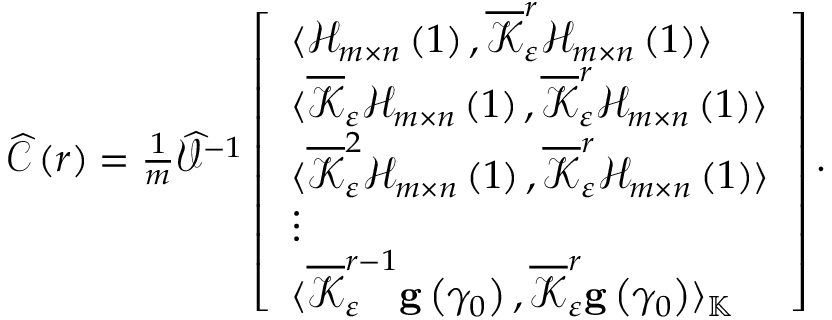
\begin{array} { r } { \widehat { \mathcal { C } } \left( r \right) = \frac { 1 } { m } \widehat { \mathcal { V } } ^ { - 1 } \left[ \begin{array} { l } { \langle \mathcal { H } _ { m \times n } \left( 1 \right) , \overline { { \mathcal { K } } } _ { \varepsilon } ^ { r } \mathcal { H } _ { m \times n } \left( 1 \right) \rangle } \\ { \langle \overline { { \mathcal { K } } } _ { \varepsilon } \mathcal { H } _ { m \times n } \left( 1 \right) , \overline { { \mathcal { K } } } _ { \varepsilon } ^ { r } \mathcal { H } _ { m \times n } \left( 1 \right) \rangle } \\ { \langle \overline { { \mathcal { K } } } _ { \varepsilon } ^ { 2 } \mathcal { H } _ { m \times n } \left( 1 \right) , \overline { { \mathcal { K } } } _ { \varepsilon } ^ { r } \mathcal { H } _ { m \times n } \left( 1 \right) \rangle } \\ { \vdots } \\ { \langle \overline { { \mathcal { K } } } _ { \varepsilon } ^ { r - 1 } \mathbf { g } \left( \gamma _ { 0 } \right) , \overline { { \mathcal { K } } } _ { \varepsilon } ^ { r } \mathbf { g } \left( \gamma _ { 0 } \right) \rangle _ { \mathbb { K } } } \end{array} \right] . } \end{array}